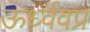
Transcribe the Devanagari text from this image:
ऊर्ध्ववप्र